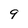
Character: 9